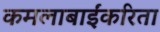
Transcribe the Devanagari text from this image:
कमलाबाईंकरिता